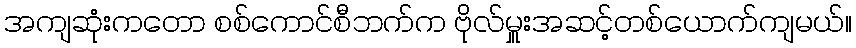
အကျဆုံးကတော စစ်ကောင်စီဘက်က ဗိုလ်မှူးအဆင့်တစ်ယောက်ကျမယ်။